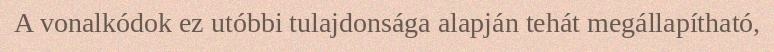
A vonalkódok ez utóbbi tulajdonsága alapján tehát megállapítható,